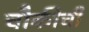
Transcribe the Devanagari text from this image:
चौकीची